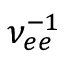
\nu _ { e e } ^ { - 1 }